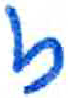
אות: ז